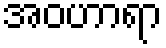
အဝဟာရာ